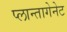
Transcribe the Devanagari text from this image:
प्लान्तागेनेट